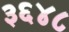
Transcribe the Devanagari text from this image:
३६४८